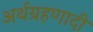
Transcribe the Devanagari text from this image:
अर्थग्रहणादी